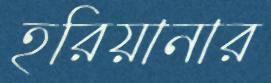
হরিয়ানার